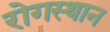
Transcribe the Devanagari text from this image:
रोगस्थान